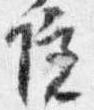
院